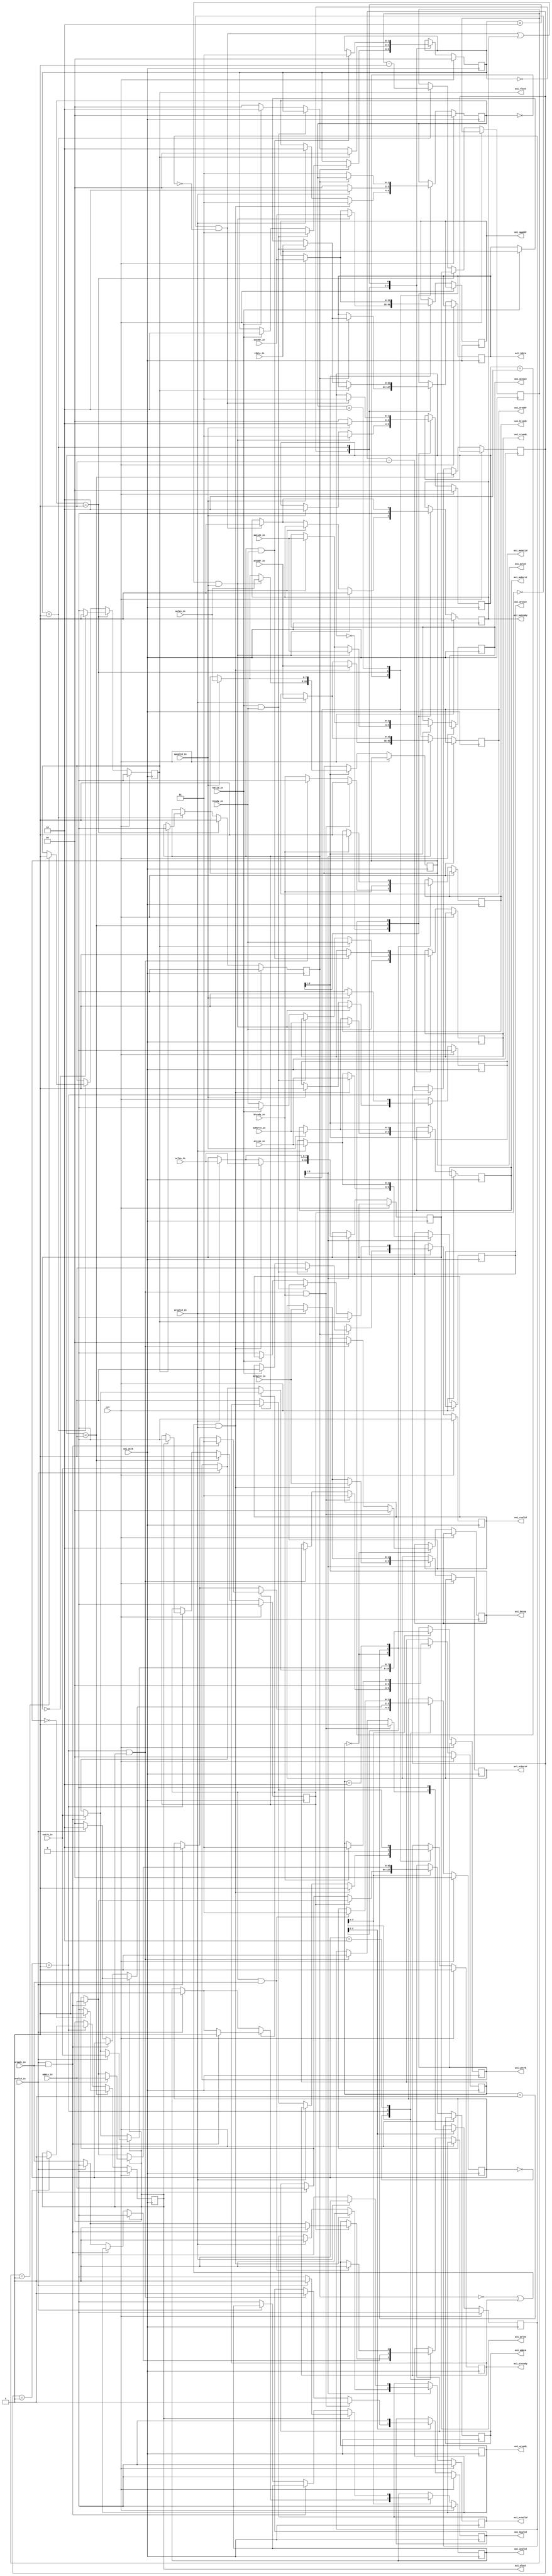
module axi_protocol (
    axi_aclk,rst,

    awaddr_in, awburst_in, awlen_in, awsize_in, awvalid_in,
    axi_awaddr, axi_awlen, axi_awsize, axi_awburst, axi_awvalid, axi_awready,

    wdata_in, wstrb_in, wvalid_in, wready_in,
    axi_wdata, axi_wlast, axi_wstrb, axi_wvalid, axi_wready,

    bready_in, axi_bresp, axi_bvalid, axi_bready,

    araddr_in, arburst_in, arlen_in, arsize_in, arvalid_in,
    axi_araddr, axi_arlen,axi_arsize, axi_arburst, axi_arvalid, axi_arready,

    rdata_in, rvalid_in, rready_in,
    axi_rdata, axi_rlast, axi_rvalid, axi_rready
);

    parameter IDW = 12; // ID
    parameter AW  = 32; // Addr
    parameter DW  = 32; 
                        
   input              axi_aclk;    // global clock signal.
   input              rst; // global reset singal.

   //Write address channel
   input  [AW-1 : 0] awaddr_in;
   input  [7 : 0]    awlen_in;
   input  [2 : 0]    awsize_in;
   input  [1 : 0]    awburst_in;
   input             awvalid_in;

   output reg [AW-1 : 0] axi_awaddr;  // master interface write address   
   output reg [7 : 0]    axi_awlen;   // burst length.
   output reg [2 : 0]    axi_awsize;  // burst size.
   output reg [1 : 0]    axi_awburst; // burst type.
   output reg           axi_awvalid; // write address valid
   output reg            axi_awready; // write address ready

   //Write data channel
   input  [63 : 0]   wdata_in;
   input  [7 : 0]    wstrb_in;
   input             wvalid_in;
   input             wready_in;

   output reg [63 : 0]   axi_wdata;   // master interface write data.
   output reg [7 : 0]    axi_wstrb;   // byte write strobes
   output reg            axi_wlast;   // last transfer in a write burst.
   output reg            axi_wvalid;  // indicates data is ready to go
   output reg            axi_wready;  // slave is ready for data

   //Write response channel
   input             bready_in;
   output reg [1 : 0]    axi_bresp;   // status of the write transaction.
   output reg            axi_bvalid;  // channel is a valid write response
   output reg            axi_bready;  // master can accept write response.

   //Read address channel
    input  [AW-1 : 0] araddr_in;
    input  [7 : 0]    arlen_in;
    input  [2 : 0]    arsize_in;
    input  [1 : 0]    arburst_in;
    input             arvalid_in;

   output reg [AW-1 :0]  axi_araddr;  // initial address of a read burst
   output reg [7 : 0]    axi_arlen;   // burst length
   output reg [2 : 0]    axi_arsize;  // burst size
   output reg [1 : 0]    axi_arburst; // burst type
   output reg            axi_arvalid; // valid read address
   output reg            axi_arready; // slave is ready to accept an address

   //Read data channel
   input  [63 : 0]   rdata_in;
   input             rvalid_in;
   input             rready_in;

   output reg [63 : 0]   axi_rdata;   // master read data
   output reg            axi_rlast;   // last transfer in a read burst
   output reg            axi_rvalid;  // signaling the required read data
   output reg            axi_rready;  // master can accept the readback data

localparam WAIT   = 2'b00;
localparam COMMIT = 2'b01; // ready == 1 && valid == 1
localparam ASSERT = 2'b10; // ready == 0 && valid == 1

// -----------------//
//  AW Channel FSM  //
// -----------------//

// internal states
reg w_active;
reg b_wait;
reg [AW-1:0] aw_addr;
reg [7  : 0] aw_len;
reg [2  : 0] aw_size;
reg [1  : 0] aw_burst;

always @(posedge axi_aclk) begin
    if (rst) begin
        w_active <= 1'b0;
        axi_wlast <= 1'b0;
    end
    else begin
        if(aw_state == COMMIT) begin
            w_active <= 1'b1;
            aw_addr  <= axi_awaddr;
            aw_len   <= axi_awlen; 
            aw_size  <= axi_awsize;
            aw_burst <= axi_awburst;
            if (axi_awlen == 8'b0)
                axi_wlast <= 1'b1;
            else
                axi_wlast <= 1'b0;
        end
        else if (w_state == COMMIT) begin
            aw_len <= aw_len - 1'b1;
            if (aw_len == 8'b1)
                axi_wlast <= 1'b1; 
            if (axi_wlast == 1'b1)
            w_active <= 1'b0;
        end
    end
end

reg [1:0] aw_state;

always @(posedge axi_aclk) 
begin
    if(rst) begin
        axi_awvalid <= 1'b0;        
        axi_awready <= 1'b1;
        aw_state <= WAIT;             
    end
    else 
    begin
        case(aw_state)
            WAIT:
                begin
                    if ( ((~w_active && ~b_wait) || axi_awready) && awvalid_in) begin
                        axi_awready <= 1'b1;
                        axi_awvalid <= 1'b1;
                        aw_state <= COMMIT;
                        axi_awaddr  <= awaddr_in;
                        axi_awlen   <= awlen_in; 
                        axi_awsize  <= awsize_in;
                        axi_awburst <= awburst_in;
                    end
                    else if (awvalid_in) begin
                        axi_awvalid <= 1'b1;
                        aw_state <= ASSERT;
                        axi_awaddr  <= awaddr_in;
                        axi_awlen   <= awlen_in; 
                        axi_awsize  <= awsize_in;
                        axi_awburst <= awburst_in;
                    end
                    else if (~w_active && ~b_wait) begin
                        axi_awready <= 1'b1;
                    end
                end

            COMMIT:
                begin
                    axi_awready <= 1'b0;
                    if (awvalid_in) begin 
                        aw_state <= ASSERT;
                        axi_awvalid <= 1'b1;
                        axi_awaddr  <= awaddr_in;
                        axi_awlen   <= awlen_in; 
                        axi_awsize  <= awsize_in;
                        axi_awburst <= awburst_in;
                    end
                    else begin
                        axi_awvalid <= 1'b0;
                        aw_state <= WAIT;
                    end
                end
            
            ASSERT:
                    if (~w_active && ~b_wait) begin
                        axi_awready <= 1'b1;
                        aw_state <= COMMIT;
                    end
        endcase
    end
end
// -----------------//
//  W Channel FSM  //
// -----------------//

// internal states
reg [1:0] w_state;

always @(posedge axi_aclk)
begin
    if(rst) begin
        axi_wvalid <= 1'b0;
        w_state <= WAIT;
    end
    else begin
        case(w_state)
            WAIT: // valid == 0
                if (w_active) begin
                    if(wvalid_in && wready_in) begin
                        axi_wvalid <= 1'b1;
                        axi_wready <= 1'b1;
                        axi_wdata  <= wdata_in;
                        axi_wstrb  <= wstrb_in;
                        w_state <= COMMIT;
                    end
                    else if(wvalid_in) begin
                        axi_wvalid <= 1'b1;
                        axi_wready <= 1'b0;
                        axi_wdata  <= wdata_in;
                        axi_wstrb  <= wstrb_in;
                        w_state <= ASSERT;
                    end
                    else
                        axi_wready <= wready_in;
                end
                else if(wvalid_in) begin
                    axi_wvalid <= 1'b1;
                    axi_wdata  <= wdata_in;
                    axi_wstrb  <= wstrb_in;
                    w_state <= ASSERT;
                end
            COMMIT: // ready && valid == 1
                begin
                   if(wvalid_in && wready_in) begin
                        axi_wdata  <= wdata_in;
                        axi_wstrb  <= wstrb_in;
                    end
                    else if(wvalid_in) begin
                        axi_wready <= 1'b0;
                        axi_wdata  <= wdata_in;
                        axi_wstrb  <= wstrb_in;
                        w_state <= ASSERT;
                    end
                    else begin
                        axi_wready <= wready_in;
                        axi_wvalid <= 1'b0;
                        w_state <= WAIT;
                    end
                    if (axi_wlast == 1'b1) begin
                        axi_wready <= 1'b0;
                        if (wvalid_in) begin
                            w_state <= ASSERT;
                            axi_wvalid <= 1'b1;
                            axi_wdata  <= wdata_in;
                            axi_wstrb  <= wstrb_in;
                        end
                        else begin 
                            w_state <= WAIT;
                            axi_wvalid <= 1'b0;
                        end
                    end
                end
            ASSERT: // valid == 1 && ready == 0
                if (w_active && wready_in) begin
                    w_state <= COMMIT;
                    axi_wready <= 1'b1;
                end
        endcase
    end
end

// -----------------//
//  B Channel FSM  //
// -----------------//

// internal states
reg [1:0] b_state;

always @(posedge axi_aclk)
begin
    if(rst) begin
        axi_bvalid <= 1'b0;
        b_wait <= 1'b0;
        b_state <= WAIT;
    end
    else begin
        case(b_state)
            WAIT:
                if (w_state == COMMIT && axi_wlast == 1 && bready_in ) begin
                    axi_bvalid <= 1'b1;
                    axi_bready <= 1'b1;
                    axi_bresp <= 2'b00;
                    b_state <= COMMIT;
                    b_wait <= 1'b1;
                end
                else if (w_state == COMMIT && axi_wlast == 1) begin
                    axi_bvalid <= 1'b1;
                    axi_bready <= 1'b0;
                    axi_bresp <= 2'b00;
                    b_state <= ASSERT;
                    b_wait <= 1'b1;
                end
                else
                    axi_bready <= bready_in;
            COMMIT: 
            begin
                b_wait <= 1'b0;
                b_state <= WAIT;
                axi_bvalid <= 1'b0;
                axi_bready <= bready_in;
            end

            ASSERT:
            if (bready_in) begin
                axi_bready <= 1'b1;
                b_state <= COMMIT;
            end
        endcase
    end
end

// -----------------//
//  AR Channel FSM  //
// -----------------//

// internal states
reg r_active;
reg [AW-1:0] ar_addr;
reg [7  : 0] ar_len;
reg [2  : 0] ar_size;
reg [1  : 0] ar_burst;

always @(posedge axi_aclk) begin
    if (rst) begin
        r_active <= 1'b0;
        axi_rlast <= 1'b0;
    end
    else begin
        if(ar_state == COMMIT) begin
            r_active <= 1'b1;
            ar_addr  <= axi_araddr;
            ar_len   <= axi_arlen; 
            ar_size  <= axi_arsize;
            ar_burst <= axi_arburst;
            if (axi_arlen == 8'b0)
                axi_rlast <= 1'b1;
            else
                axi_rlast <= 1'b0;
        end
        else if (r_state == COMMIT) begin
            ar_len <= ar_len - 1'b1;
            if (ar_len == 8'b1)
                axi_rlast <= 1'b1; 
            if (axi_rlast == 1'b1)
            r_active <= 1'b0;
        end
    end
end

reg [1:0] ar_state;

always @(posedge axi_aclk) 
begin
    if(rst) begin
        axi_arvalid <= 1'b0;        
        axi_arready <= 1'b1;
        ar_state <= WAIT;             
    end
    else 
    begin
        case(ar_state)
            WAIT:
                begin
                    if ( (~r_active || axi_arready) && arvalid_in) begin
                        axi_arready <= 1'b1;
                        axi_arvalid <= 1'b1;
                        ar_state <= COMMIT;
                        axi_araddr  <= araddr_in;
                        axi_arlen   <= arlen_in; 
                        axi_arsize  <= arsize_in;
                        axi_arburst <= arburst_in;
                    end
                    else if (arvalid_in) begin
                        axi_arvalid <= 1'b1;
                        ar_state <= ASSERT;
                        axi_araddr  <= araddr_in;
                        axi_arlen   <= arlen_in; 
                        axi_arsize  <= arsize_in;
                        axi_arburst <= arburst_in;
                    end
                    else if (~r_active) begin
                        axi_arready <= 1'b1;
                    end
                end

            COMMIT:
                begin
                    axi_arready <= 1'b0;
                    if (arvalid_in) begin 
                        ar_state <= ASSERT;
                        axi_arvalid <= 1'b1;
                        axi_araddr  <= araddr_in;
                        axi_arlen   <= arlen_in; 
                        axi_arsize  <= arsize_in;
                        axi_arburst <= arburst_in;
                    end
                    else begin
                        axi_arvalid <= 1'b0;
                        ar_state <= WAIT;
                    end
                end
            
            ASSERT:
                    if (~r_active) begin
                        axi_arready <= 1'b1;
                        ar_state <= COMMIT;
                    end
        endcase
    end
end
// -----------------//
//  R Channel FSM  //
// -----------------//

// internal states
reg [1:0] r_state;

always @(posedge axi_aclk)
begin
    if(rst) begin
        axi_rvalid <= 1'b0;
        r_state <= WAIT;
    end
    else begin
        case(r_state)
            WAIT: // valid == 0
            begin
                axi_rready <= rready_in;
                if (r_active) begin
                    if(rvalid_in && rready_in) begin
                        axi_rvalid <= 1'b1;
                        axi_rdata  <= rdata_in;
                        r_state <= COMMIT;
                    end
                    else if(rvalid_in) begin
                        axi_rvalid <= 1'b1;
                        axi_rdata  <= rdata_in;
                        r_state <= ASSERT;
                    end
                end
            end
            COMMIT: // ready && valid == 1 
                if (axi_rlast == 1'b1) begin
                    axi_rvalid <= 1'b0;
                    axi_rready <= rready_in;
                    r_state <= WAIT;
                end

                else begin
                   if(rvalid_in && rready_in) begin
                        axi_rdata  <= rdata_in;
                    end
                    else if(rvalid_in) begin
                        axi_rready <= 1'b0;
                        axi_rdata  <= rdata_in;
                        r_state <= ASSERT;
                    end
                    else begin
                        axi_rready <= rready_in;
                        axi_rvalid <= 1'b0;
                        r_state <= WAIT;
                    end
                   
                end
            ASSERT: // valid == 1 && ready == 0
                if (r_active && rready_in) begin
                    r_state <= COMMIT;
                    axi_rready <= 1'b1;
                end
        endcase
    end
end

endmodule